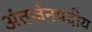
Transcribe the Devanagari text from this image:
अंतर्जनपदीय